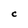
Character: C